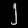
Digit: ၂